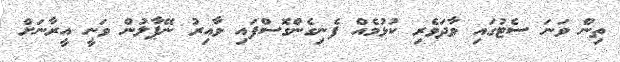
ތިން ވަނަ ސެޓުގައި ވާދަވެރި ކުޅުމެއް ފެނިގެންގޮސްފައި ވާއިރު ނޭޕާލުން ވަނީ އީރާނަށް